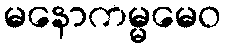
မနောကမ္မမေဝ